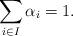
LaTeX: \begin{align*}\sum_{i \in I}\alpha_{i} = 1.\end{align*}